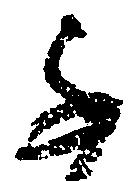
子